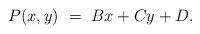
LaTeX: \begin{align*}P(x,y) ~=~ Bx+Cy+D.\end{align*}